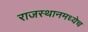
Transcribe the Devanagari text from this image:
राजस्थानमध्येच